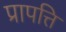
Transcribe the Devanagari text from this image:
प्रापत्ति